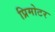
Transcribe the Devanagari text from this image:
प्रिमोटर